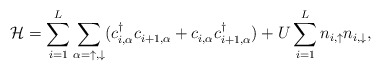
\begin{align*}\mathcal{H} = \sum_{i=1}^L \sum_{\alpha = \uparrow,\downarrow}(c^\dag_{i,\alpha} c^{}_{i+1,\alpha} + c^{}_{i,\alpha} c^\dag_{i+1,\alpha}) +U \sum_{i=1}^L n_{i,\uparrow}n_{i,\downarrow},\end{align*}